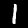
Digit: 1